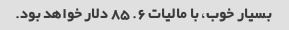
بسیار خوب، با مالیات 6. 85 دلار خواهد بود.